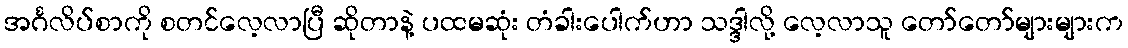
အင်္ဂလိပ်စာကို စတင်လေ့လာပြီ ဆိုတာနဲ့ ပထမဆုံး တံခါးပေါက်ဟာ သဒ္ဒါလို့ လေ့လာသူ တော်တော်များများက